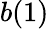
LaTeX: b(1)